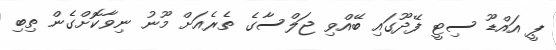
ޕީ އައްޑޫ ސިޓީ ފޭދޫގައި ބޭއްވި ޖަލްސާގެ ތެރެއަށް މޫނު ނިވާކޮށްގެން ތިބި